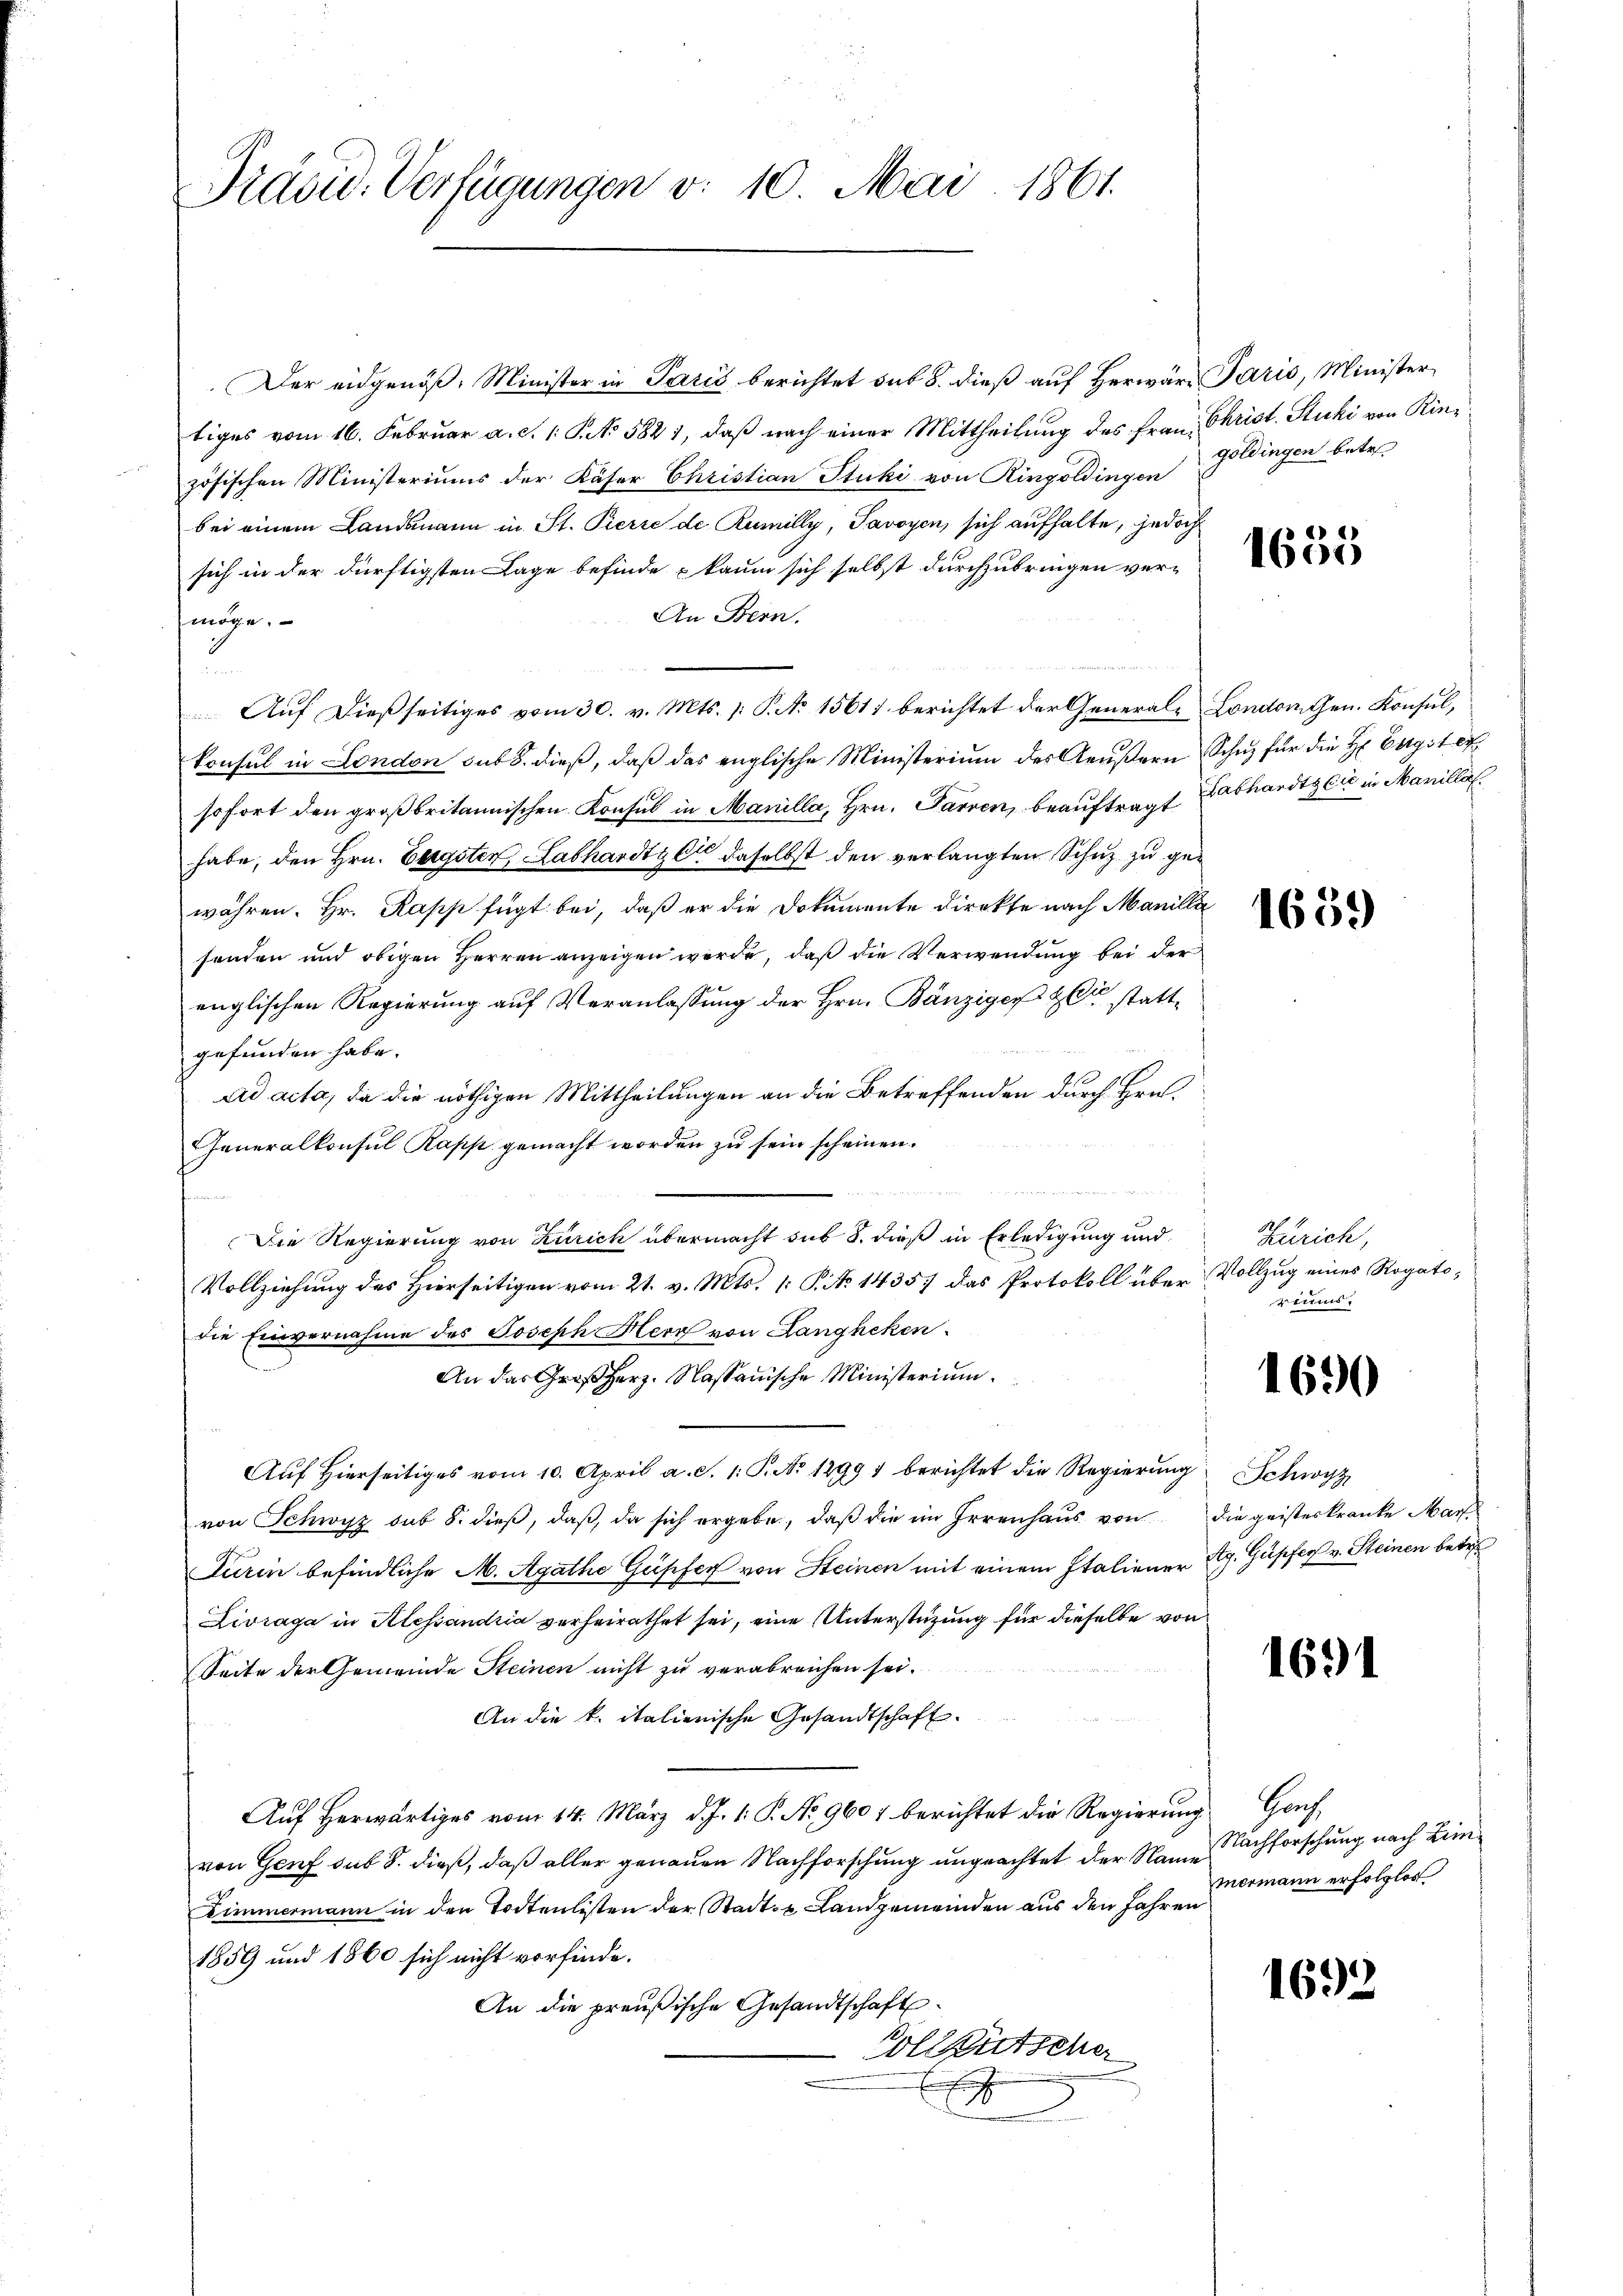
Präsid. Verfügungen v. 10. Mai 1861.

Der eidgenöß, Minister in Paris berichtet sub 8. dieß auf Herwäre Paris, Minister
tiges vom 16. Februar a. c. 1 S. No 5821, daß nach einer Mittheilung des Frau Christ. Stucki von Rinzösischen Ministeriums der Käser Christian Stuki von Ringoldingen Goldingen betr.
bei einem Landsmann in St. Pierre de Rumilly, Savoyen, sich aufhalte, jedoch
sich in der dürftigsten Lage befinde kaum sich selbst durchzubringen ver-
An Bern.
möge.
 Auf dießseitiges vom 30. v. Mts. /: P. No 15617 berichtet der Generale London Gen. Konsul,
konsul in London sub 8. dieß, daβ das englische Ministerium des Aeŭβern Schuz für die H. Engst et
sofort den großbritannischen Konsul in Manilla, Hrn. Parven, beauftragt abhardt er in Marilla
habe, den Hrn. Bergster, Labhardtzer daselbst den verlangten Schuz zu gewähren. Hr. Rapp fügt bei, daß er die Dokumente direkte nach Manilli
senden und obigen Herren anzeigen werde, daß die Verwendung bei der
englischen Regierung auf Veranlassung der Hrn. Bänziger Zeit stattgefunden habe. |
Ad acta, da die nöthigen Mittheilungen an die Betreffenden durch Hrn.
Generalkonsul Papp gemacht worden zu sein scheinen.
u
Die Regierung von Zürich übermacht sub 8. dieß in Erledigung und
Vollziehung des Hierseitigen vom 21. v. Mts. 1. P. No 14357 das Protokoll über Vollzug eines Rogatodie Einvernahme des Joseph Herr von Langheken
An das Großherz. Nassauische Ministerium
Aŭf Hierseitiges vom 10. April a. S. 1: P. No 12991 berichtet die Regierŭng Schwyz
von Schwyz sub 8. dieß, daß, da sich ergebe, daß die im Irrenhaus von die geisteskranke Mart
Turin befindliche M. Agathe Güsifer von Steinen mit einem Italiener Ag. Gupfer v. Steinen betr
Livraga in Alessandria verheirathet sei, eine Unterstüzung für dieselbe von
Seite der Gemeinde Steinen nicht zu verabreichen sei.
An die k. italienische Gesandtschaft.
Auf herwärtiges vom 14. März d. J. 1. P. No. 9607 berichtet die Regierung Genf,
von Genf sub 8. dieß, daß aller genauen Nachforschung ungeachtet der Name
c
zimmermann in den Todtenlisten der Stadt- u Landgemeinden aus den Jahren
1859 und 1860 sich nicht vorfinde.
An die preußische Gesandtschaft
Vollkutscher
J

1655

1659

Zürich,
ziums

1690

1691

Nachforschung nach Limmermann erfolglos

1692